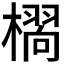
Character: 𭬆